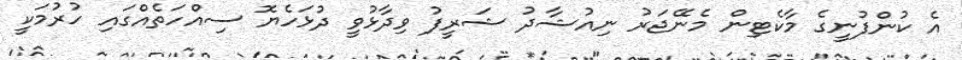
އެ ކުންފުނީގެ މާކެޓިން މެނޭޖަރު ނިއުޝާދު ޝަރީފު ވިދާޅުވީ ދުޅަހެޔޮ ސިއްހަތެއްގައި ހުރުމަކީ